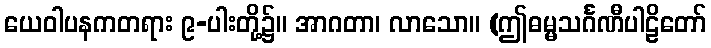
ယေဝါပနကတရား ၉-ပါးတို့၌။ အာဂတာ၊ လာသော။ (ဤဓမ္မသင်္ဂဏီပါဠိတော်